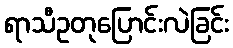
ရာသီဥတုပြောင်းလဲခြင်း